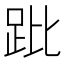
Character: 𧿥